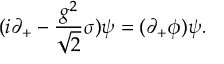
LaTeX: { ( i \partial _ { + } - { \frac { g ^ { 2 } } { \sqrt { 2 } } } \sigma ) \psi = ( \partial _ { + } \phi ) \psi . }